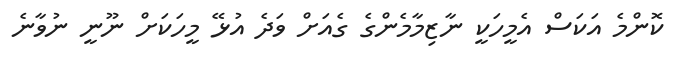
ކޮންމެ އަކަސް އެމީހަކީ ނާޒިމާމެންގެ ގެއަށް ވަދެ އުޅޭ މީހަކަށް ނޫނީ ނުވާނެ